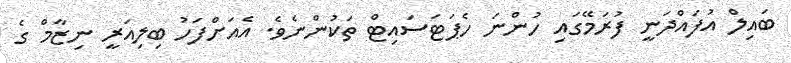
ބައިލް އުފައްދަނީ ފުރަމޭގައި ހުންނަ ހެޕަޓަސައިޓް ތަކުންނެވެ. އެއަށްފަހު ބިލިއަރީ ނިޒާމް ގެ